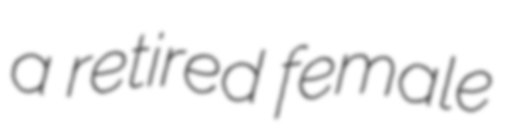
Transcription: a retired female